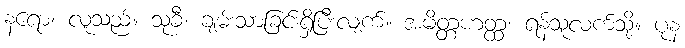
နရော၊ လူသည်။ သုခီ၊ ချမ်းသာခြင်းရှိပြီးလျက်။ အမိတ္တဟတ္ထံ၊ ရန်သူလက်သို့။ ပုန